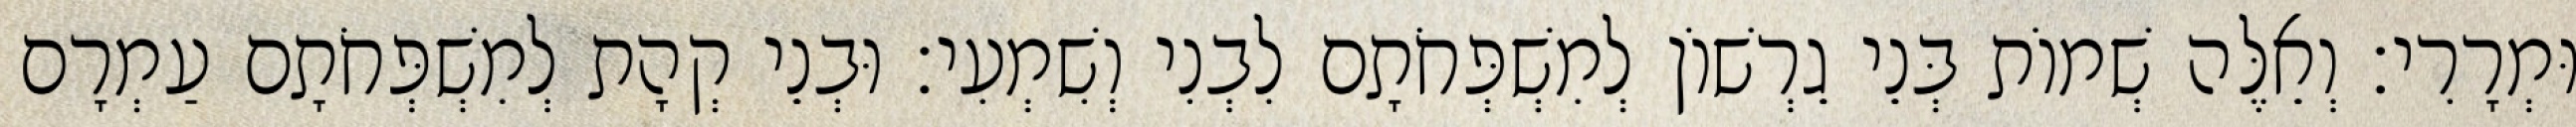
וּמְרָרִי׃ וְאֵלֶּה שְׁמוֹת בְּנֵי גֵרְשׁוֹן לְמִשְׁפְּחֹתָם לִבְנִי וְשִׁמְעִי׃ וּבְנֵי קְהָת לְמִשְׁפְּחֹתָם עַמְרָם